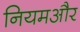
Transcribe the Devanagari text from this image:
नियमऔर